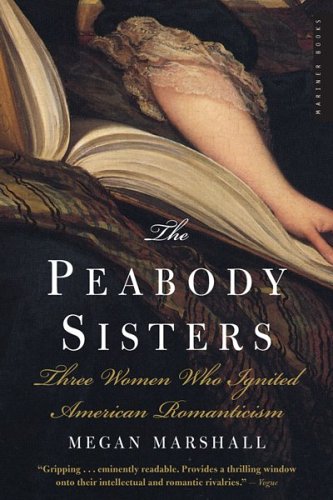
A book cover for The Peabody Sisters: Three Women Who Ignited American Romanticism; Megan Marshall; Biographies & Memoirs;